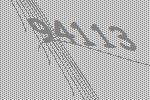
94113